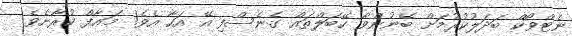
ނެޓްވޯކް ބަދަލުކުރުމަށް ބޭނުންވާ ކޭބަލްތައް ގެނެސްފި އޭ އަހާ އެވެ! މަޢާފް ކުރާށެވެ!